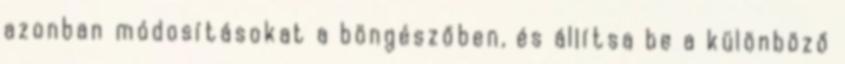
azonban módosításokat a böngészőben, és állítsa be a különböző